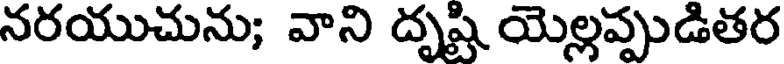
నరయుచును; వాని దృష్టి యెల్లప్పుడితర